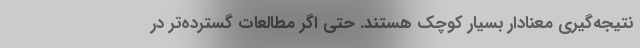
نتیجه‌گیری معنادار بسیار کوچک هستند. حتی اگر مطالعات گسترده‌تر در